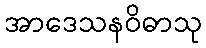
အာဒေသနဝိဓာသု